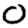
Digit: 0